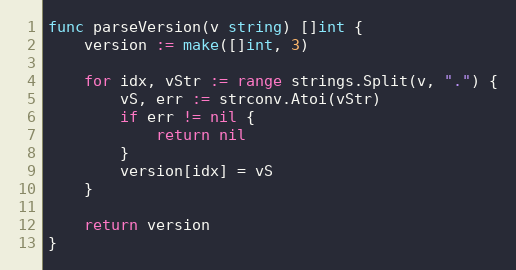
Language: Go
func parseVersion(v string) []int {
	version := make([]int, 3)

	for idx, vStr := range strings.Split(v, ".") {
		vS, err := strconv.Atoi(vStr)
		if err != nil {
			return nil
		}
		version[idx] = vS
	}

	return version
}